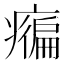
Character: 𤺇